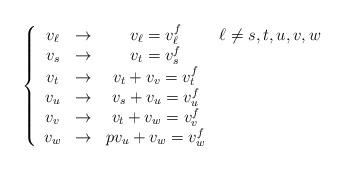
LaTeX: \begin{align*}\left\{\begin{array}{cccc}v_\ell &\rightarrow &v_\ell = v^f_{\ell} &\ell \ne s, t, u, v, w\\ v_s &\rightarrow &v_{t} = v^f_s\\v_t &\rightarrow &v_{t} + v_v = v^f_t\\v_u &\rightarrow &v_s + v_u = v^f_u\\v_v &\rightarrow &v_t + v_w = v^f_v\\v_w &\rightarrow &pv_u + v_w = v^f_w\\\end{array}\right.\end{align*}